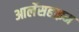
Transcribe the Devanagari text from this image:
आर्लेसहाइम